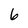
Character: 6